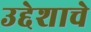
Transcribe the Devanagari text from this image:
उद्देशाचे